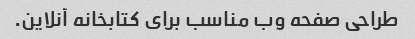
طراحی صفحه وب مناسب برای کتابخانه آنلاین.